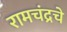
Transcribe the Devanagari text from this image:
रामचंद्रचे